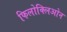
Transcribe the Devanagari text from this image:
फिलोक्लिओन